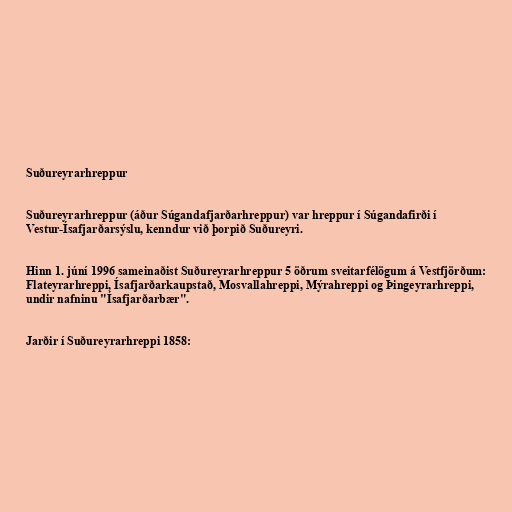
Suðureyrarhreppur

Suðureyrarhreppur (áður Súgandafjarðarhreppur) var hreppur í Súgandafirði í
Vestur-Ísafjarðarsýslu, kenndur við þorpið Suðureyri.

Hinn 1. júní 1996 sameinaðist Suðureyrarhreppur 5 öðrum sveitarfélögum á Vestfjörðum:
Flateyrarhreppi, Ísafjarðarkaupstað, Mosvallahreppi, Mýrahreppi og Þingeyrarhreppi,
undir nafninu "Ísafjarðarbær".

Jarðir í Suðureyrarhreppi 1858: